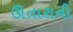
ઊતારાની